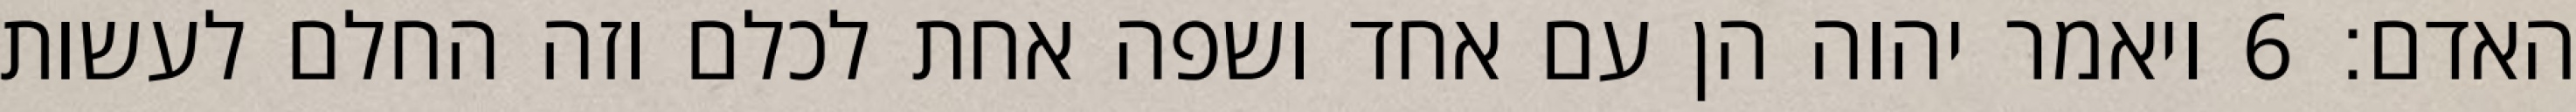
האדם׃ ‎6‏ ויאמר יהוה הן עם אחד ושפה אחת לכלם וזה החלם לעשות